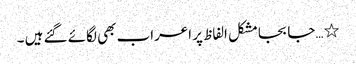
٭…جا بجامشکل الفاظ پر اعراب بھی لگائے گئے ہیں ۔